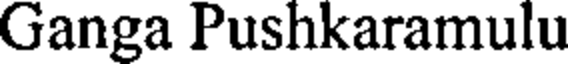
Ganga Pushkaramulu